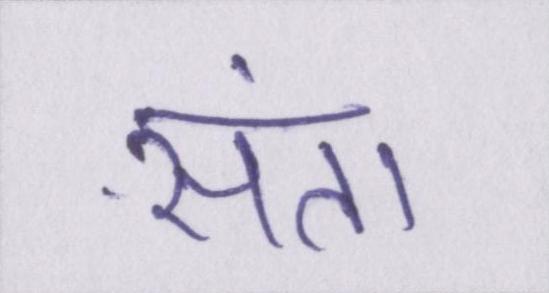
संता